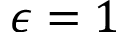
\epsilon = 1